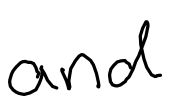
Text: and
Cross-out: clean
Writing tool: digital_black